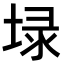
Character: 𡍖